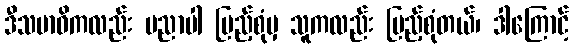
ဒီသမာဓိကလည်း ပညာပါ ပြည့်စုံမှ သူကလည်း ပြည့်စုံတယ်၊ ဒါကြောင့်